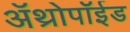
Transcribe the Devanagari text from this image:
अॅथ्रोपॉईड